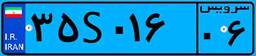
۵۳S۳۰۸۶۴